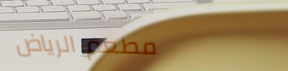
مطعم الرياض